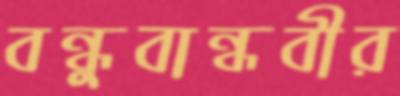
বন্ধুবান্ধবীর